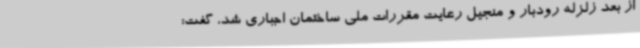
از بعد زلزله رودبار و منجیل رعایت مقررات ملی ساختمان اجباری شد، گفت: